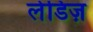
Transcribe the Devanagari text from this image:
लेडिज़